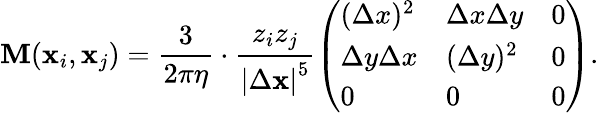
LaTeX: \mathbf M(\mathbf{x}_{i},\mathbf{x}_{j})=\frac{3}{2\pi\eta}\cdot\frac{z_{i}z_{j}}{\left|\Delta\mathbf{x}\right|^{5}}\left(\begin{array}{lll}{(\Delta x)^{2}}&{\Delta x\Delta y}&{0}\\ {\Delta y\Delta x}&{(\Delta y)^{2}}&{0}\\ {0}&{0}&{0}\end{array}\right).